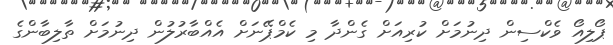
ޕޯލިއޯ ވެކްސިން ދިނުމަށް ކުރިއަށް ގެންދާ މި ކެމްޕޭނަށް އެއްބާރުލުން ދިނުމަށް ތާލިބާންގެ